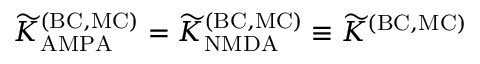
{ \widetilde K } _ { \mathrm { A M P A } } ^ { \mathrm { ( B C , M C ) } } = { \widetilde K } _ { \mathrm { N M D A } } ^ { \mathrm { ( B C , M C ) } } \equiv { \widetilde K } ^ { \mathrm { ( B C , M C ) } }